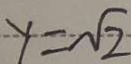
y = \sqrt { 2 }